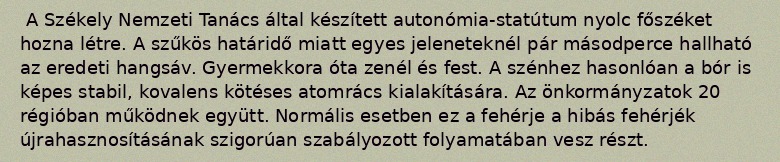
A Székely Nemzeti Tanács által készített autonómia-statútum nyolc főszéket hozna létre. A szűkös határidő miatt egyes jeleneteknél pár másodperce hallható az eredeti hangsáv. Gyermekkora óta zenél és fest. A szénhez hasonlóan a bór is képes stabil, kovalens kötéses atomrács kialakítására. Az önkormányzatok 20 régióban működnek együtt. Normális esetben ez a fehérje a hibás fehérjék újrahasznosításának szigorúan szabályozott folyamatában vesz részt.